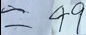
= 4 9